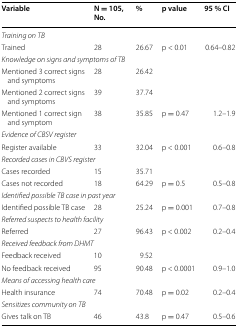
<table><thead><tr><td><b>Variable</b></td><td><b>N = 105, No.</b></td><td><b>%</b></td><td><b>p value</b></td><td><b>95 % CI</b></td></tr></thead><tbody><tr><td colspan="5"><i>Training on TB</i></td></tr><tr><td>Trained</td><td>28</td><td>26.67</td><td>p &lt; 0.01</td><td>0.64–0.82</td></tr><tr><td colspan="5"><i>Knowledge on signs and symptoms of TB</i></td></tr><tr><td>Mentioned 3 correct signs and symptoms</td><td>28</td><td>26.42</td><td></td><td></td></tr><tr><td>Mentioned 2 correct signs and symptoms</td><td>39</td><td>37.74</td><td></td><td></td></tr><tr><td>Mentioned 1 correct sign and symptom</td><td>38</td><td>35.85</td><td>p = 0.47</td><td>1.2–1.9</td></tr><tr><td colspan="5"><i>Evidence of CBSV register</i></td></tr><tr><td>Register available</td><td>33</td><td>32.04</td><td>p &lt; 0.001</td><td>0.6–0.8</td></tr><tr><td colspan="5"><i>Recorded cases in CBVS register</i></td></tr><tr><td>Cases recorded</td><td>15</td><td>35.71</td><td></td><td></td></tr><tr><td>Cases not recorded</td><td>18</td><td>64.29</td><td>p = 0.5</td><td>0.5–0.8</td></tr><tr><td colspan="5"><i>Identified possible TB case in past year</i></td></tr><tr><td>Identified possible TB case</td><td>28</td><td>25.24</td><td>p = 0.001</td><td>0.7–0.8</td></tr><tr><td colspan="5"><i>Referred suspects to health facility</i></td></tr><tr><td>Referred</td><td>27</td><td>96.43</td><td>p &lt; 0.002</td><td>0.2–0.4</td></tr><tr><td colspan="5"><i>Received feedback from DHMT</i></td></tr><tr><td>Feedback received</td><td>10</td><td>9.52</td><td></td><td></td></tr><tr><td>No feedback received</td><td>95</td><td>90.48</td><td>p &lt; 0.0001</td><td>0.9–1.0</td></tr><tr><td colspan="5"><i>Means of accessing health care</i></td></tr><tr><td>Health insurance</td><td>74</td><td>70.48</td><td>p = 0.02</td><td>0.2–0.4</td></tr><tr><td colspan="5"><i>Sensitizes community on TB</i></td></tr><tr><td>Gives talk on TB</td><td>46</td><td>43.8</td><td>p = 0.47</td><td>0.5–0.6</td></tr></tbody></table>